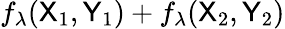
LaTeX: f_{\lambda}({\sf X}_{1},{\sf Y}_{1})+f_{\lambda}({\sf X}_{2},{\sf Y}_{2})